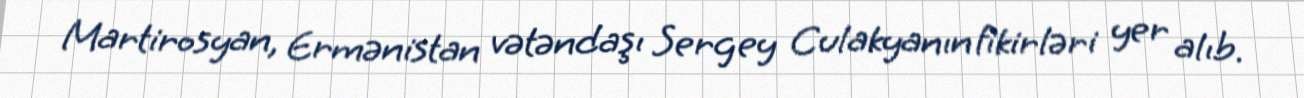
Martirosyan, Ermənistan vətəndaşı Sergey Culakyanın fikirləri yer alıb.